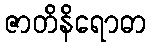
ဇာတိနိရောဓာ